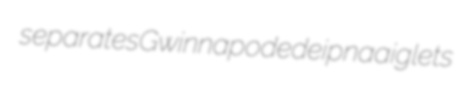
separates Gwinn apodedeipna aiglets